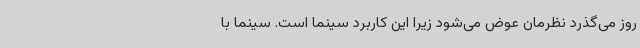
روز می‌گذرد نظرمان عوض می‌شود زیرا این کاربرد سینما است. سینما با